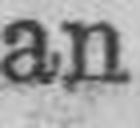
an